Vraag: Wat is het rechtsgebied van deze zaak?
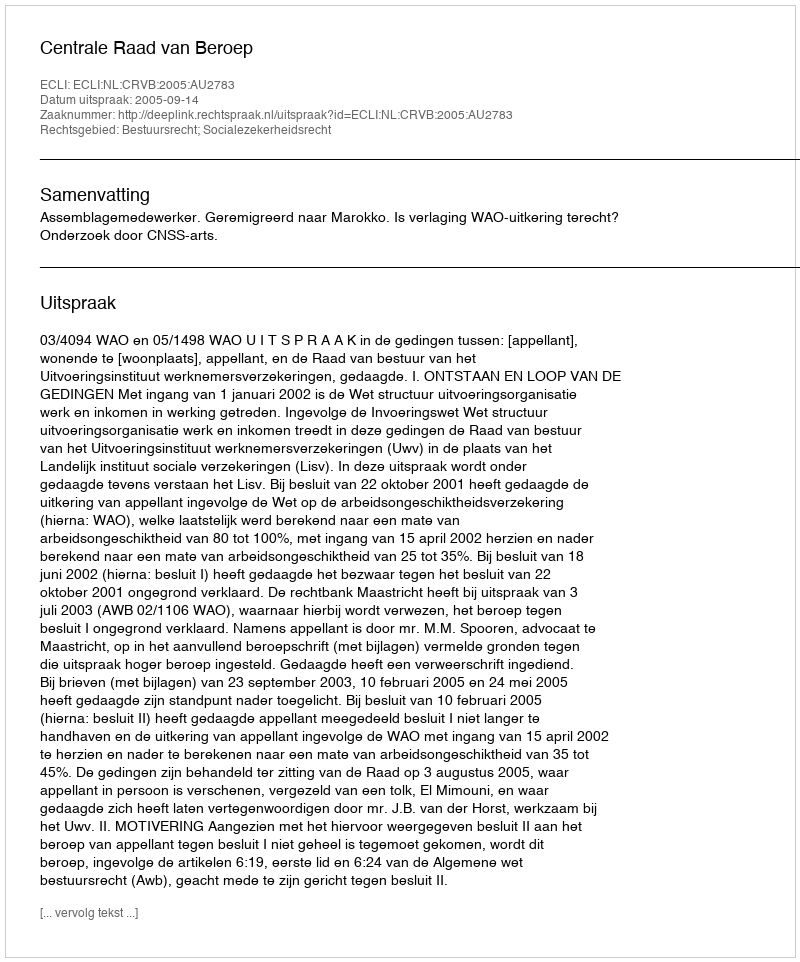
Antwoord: Bestuursrecht; Socialezekerheidsrecht